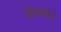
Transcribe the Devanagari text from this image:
डेटामोर